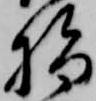
指